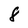
Character: 8